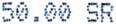
50.00 SR